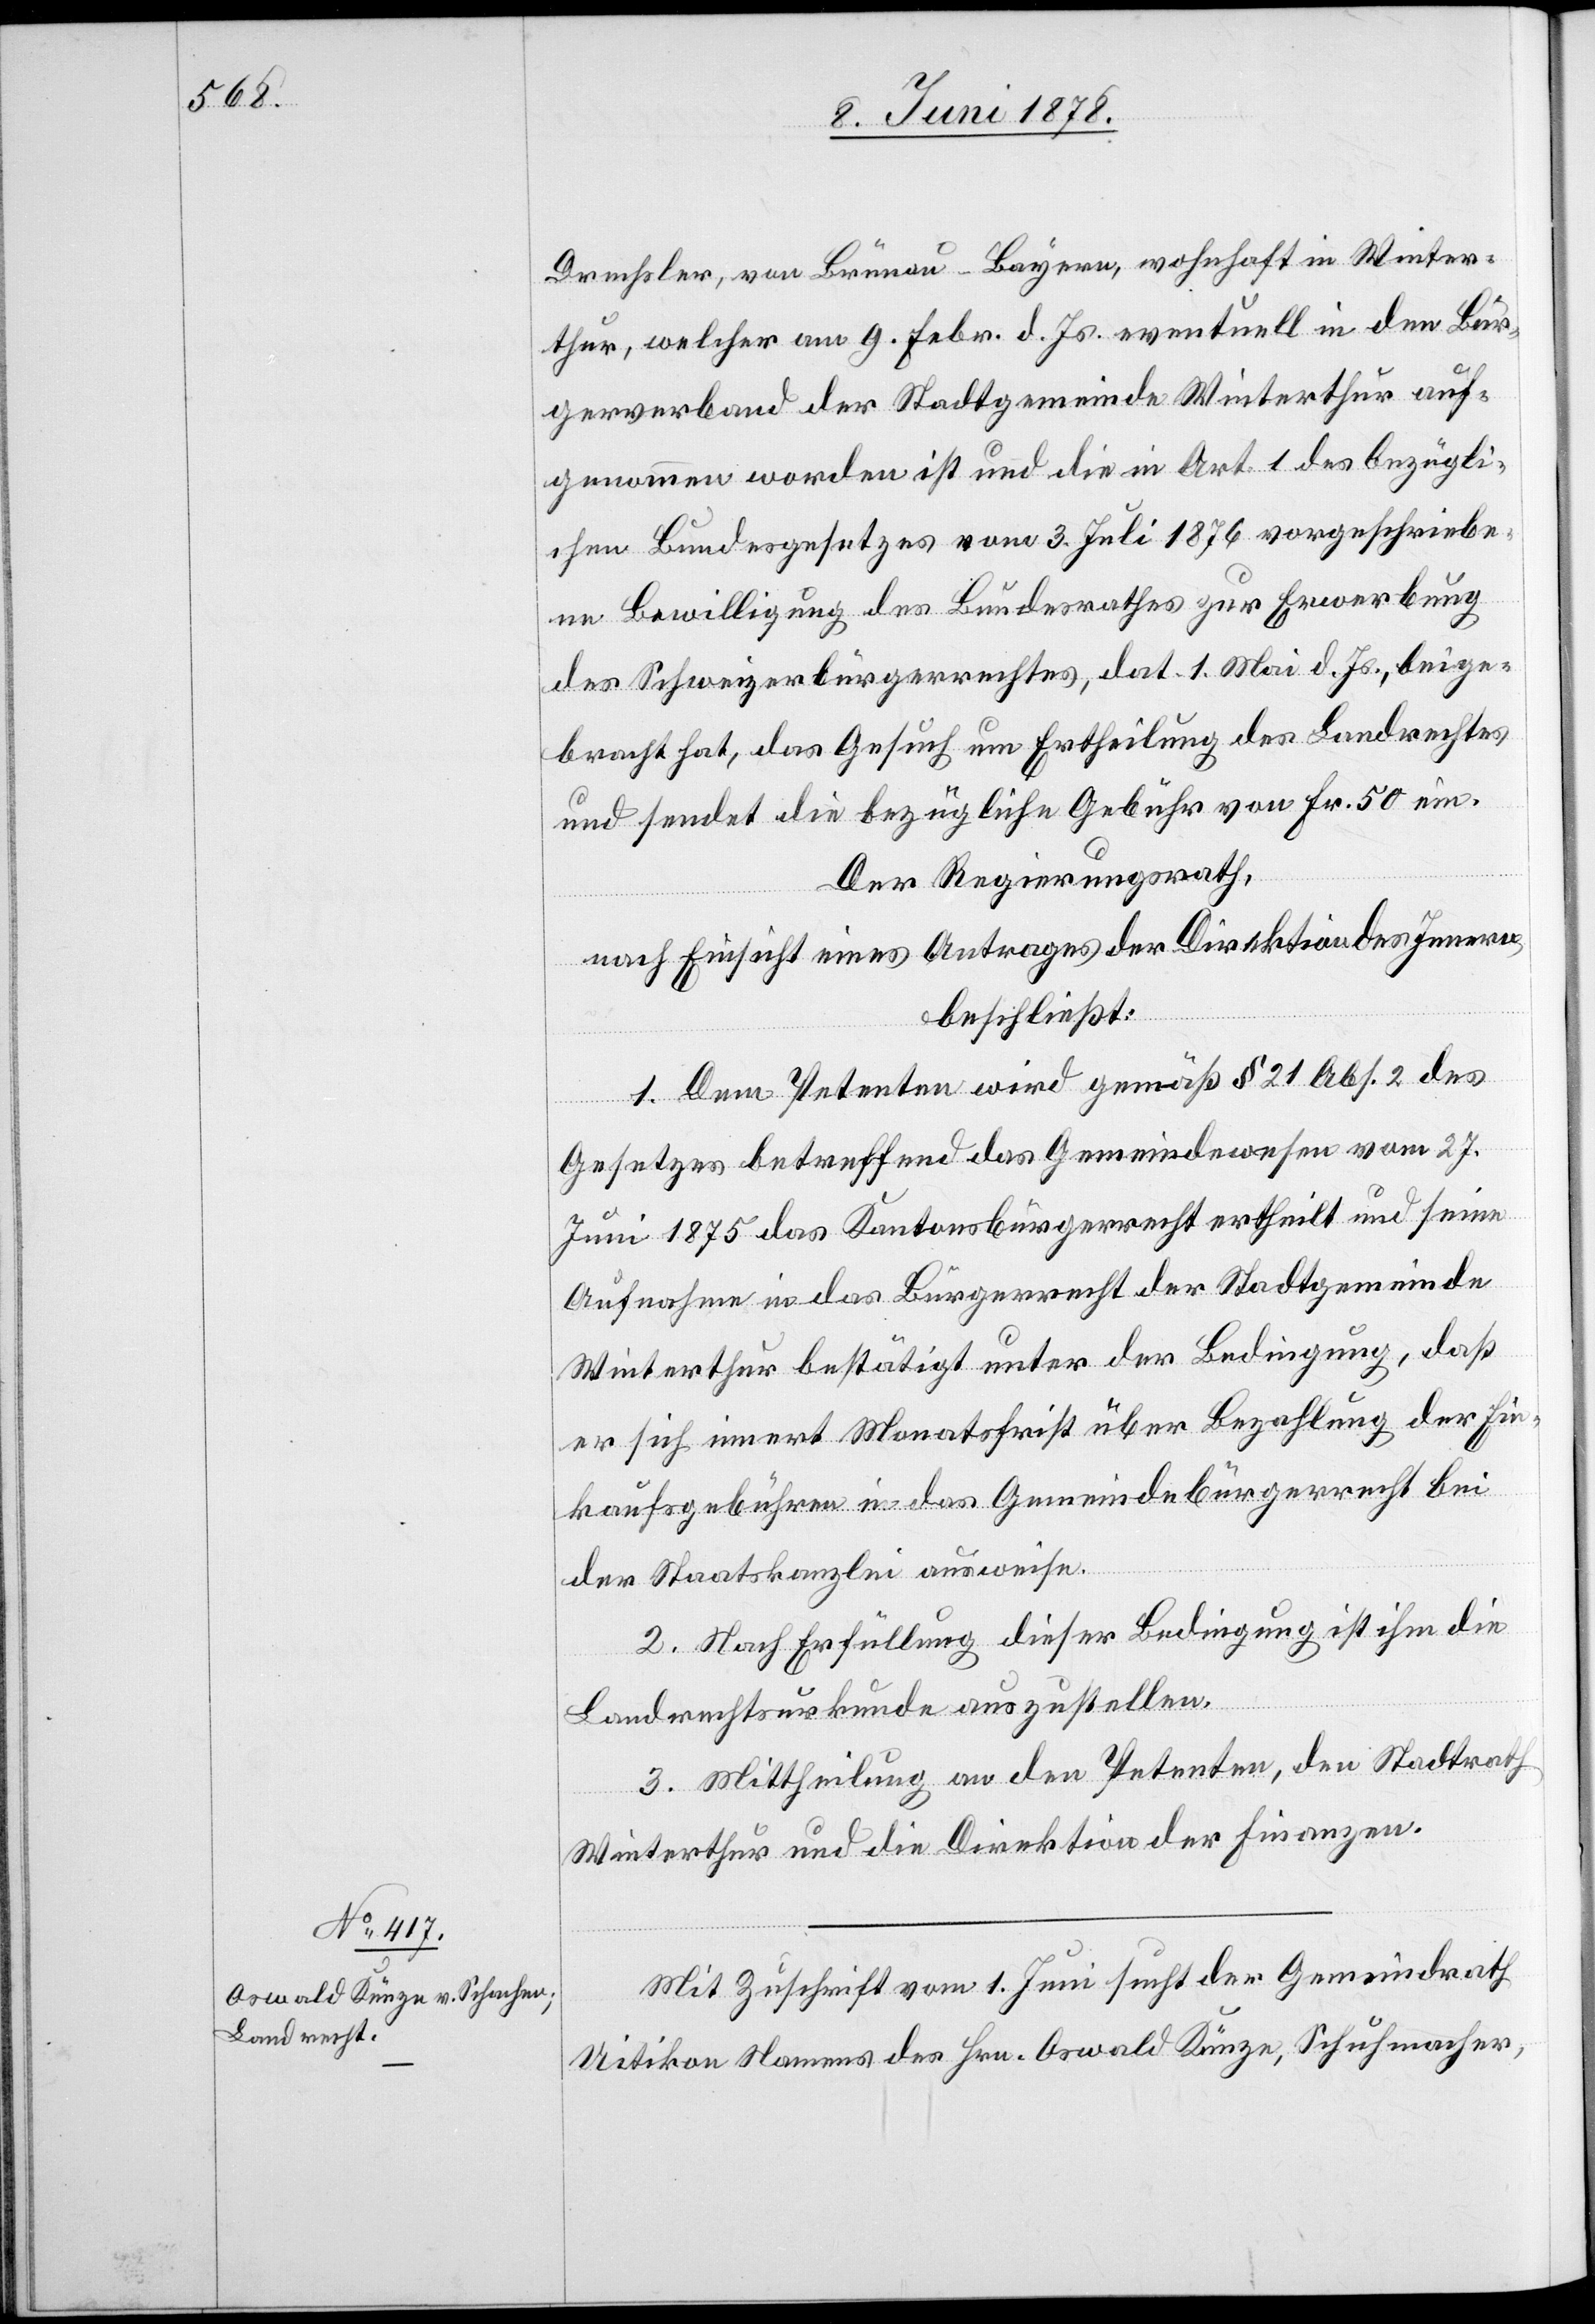
Drechsler, von Brünau - Bayern, wohnhaft in Winter¬
thur, welcher am 9. Febr. d. Js. eventuell in den Bür¬
gerverband der Stadtgemeinde Winterthur auf¬
genommen worden ist und die in Art. 1 des bezügli¬
chen Bundesgesetzes vom 3. Juli 1876 vorgeschriebe¬
ne Bewilligung des Bundesrathes zur Erwerbung
des Schweizerbürgerrechtes, dat. 1. Mai d. Js., beige¬
bracht hat, das Gesuch um Ertheilung des Landrechtes
und sendet die bezügliche Gebühr von Fr. 50 ein.
Der Regierungsrath,
nach Einsicht eines Antrages der Direktion des Innern,
beschließt:
1. Dem Petenten wird gemäß § 21 Abs. 2 des
Gesetzes betreffend das Gemeindewesen vom 27.
Juni 1875 das Kantonsbürgerrecht ertheilt und seine
Aufnahme in das Bürgerrecht der Stadtgemeinde
Winterthur bestätigt unter der Bedingung, daß
er sich innert Monatsfrist über Bezahlung der Ein¬
kaufsgebühren in das Gemeindebürgerrecht bei
der Staatskanzlei ausweise.
2. Nach Erfüllung dieser Bedingung ist ihm die
Landrechtsurkunde auszustellen.
3. Mittheilung an den Petenten, den Stadtrath
Winterthur und die Direktion der Finanzen.
Mit Zuschrift vom 1. Juni sucht der Gemeindrath
Uitikon Namens des Hrn. Oswald Künze, Schuhmacher